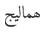
ھماليج